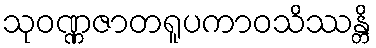
သုဝဏ္ဏဇာတရူပကာဝသိဿန္တိ